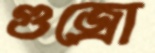
গুজ্‌রো